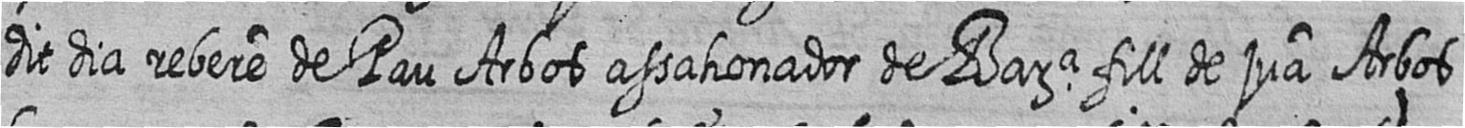
dit dia rebere de Pau Arbos assahonador de Bara fill de jua Arbos